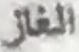
الغاز